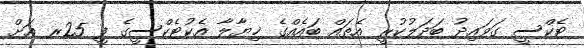
ޓެކްސީ ގަވައިދު ބަދަލުކުރީ އެތައް ބައެއްގެ ޚިޔާލާ އެކުޓެކްސީގެ ފީ 25ރ އަށް